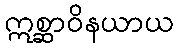
ဣစ္ဆာဝိနယာယ